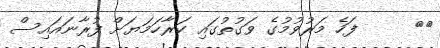
٨٣     ފަހެ މަރުވުމުގެ ވަގުތުގައި ކަރާހަމަޔަށް ފުރާނައައިސް